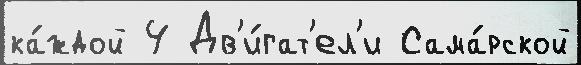
ка́ждой 4 Дв'и́гат'ел'и Сама́рской